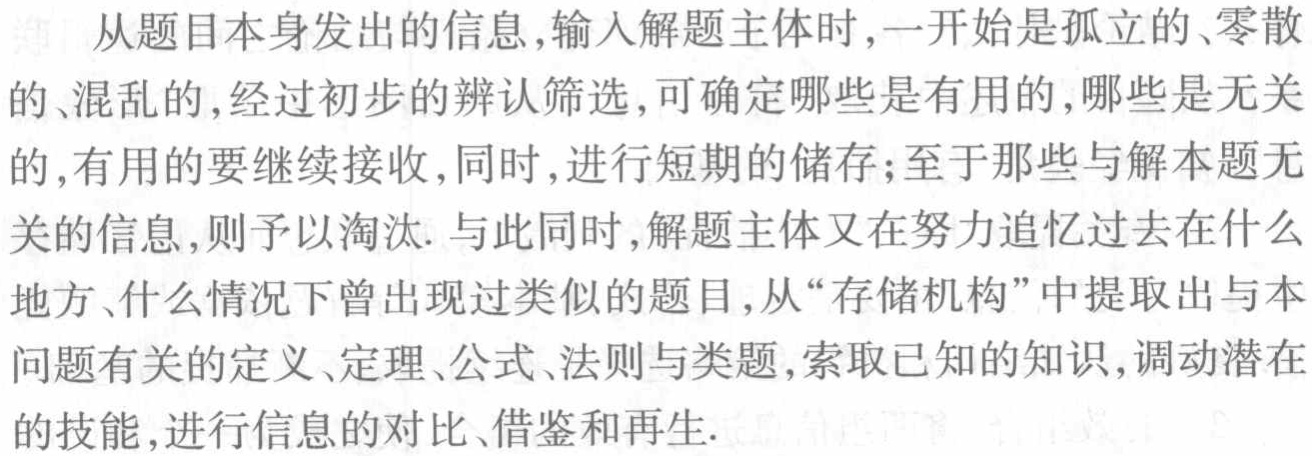
从题目本身发出的信息,输入解题主体时,一开始是孤立的、零散的、混乱的,经过初步的辨认筛选,可确定哪些是有用的,哪些是无关的、混乱的,经过初步的辨认筛选,可确定哪些是有用的,哪些是无关的,有用的要继续接收,同时,进行短期的储存;至于那些与解本题无关的信息,则予以淘汰. 与此同时,解题主体又在努力追忆过去在什么地方、什么情况下曾出现过类似的题目,从“存储机构”中提取出与本问题有关的定义、定理、公式、法则与类题,索取已知的知识,调动潜在的技能,进行信息的对比、借鉴和再生.